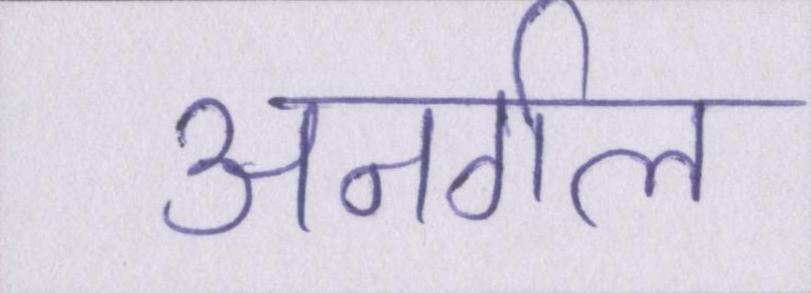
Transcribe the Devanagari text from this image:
अनर्गल